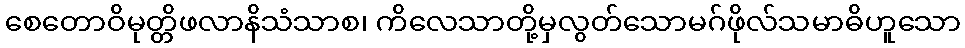
စေတောဝိမုတ္တိဖလာနိသံသာစ၊ ကိလေသာတို့မှလွတ်သောမဂ်ဖိုလ်သမာဓိဟူသော